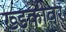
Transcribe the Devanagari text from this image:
ख्डकीवर